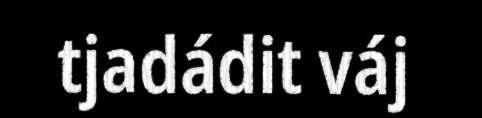
tjadádit váj